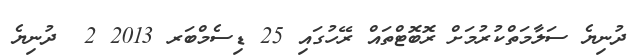
ދުނިޔެ ސަލާމަތްކުރުމަށް ރޮބޮޓްތައް ރޭހުގައި 25 ޑިސެމްބަރ 2013 2  ދުނިޔެ